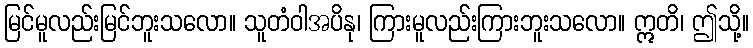
မြင်မူလည်းမြင်ဘူးသလော။ သူတံဝါအပိနု၊ ကြားမူလည်းကြားဘူးသလော။ ဣတိ၊ ဤသို့။